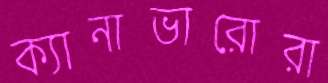
ক্যানাভারোরা